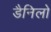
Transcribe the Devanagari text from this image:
डैनिलो